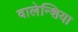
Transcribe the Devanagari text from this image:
वालेन्शिया